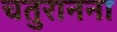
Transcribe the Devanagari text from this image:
चतुरानना